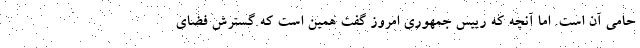
حامی آن است. اما آنچه که رییس جمهوری امروز گفت همین است که گسترش فضای